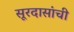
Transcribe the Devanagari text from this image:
सूरदासांची